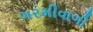
ગરમીવાળી